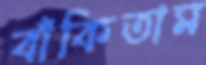
বাঁকিতাম